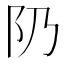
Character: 𨸐